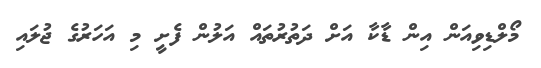
މޯލްޑިވިއަން އިން ޑާކާ އަށް ދަތުރުތައް އަލުން ފެށީ މި އަހަރުގެ ޖުލައި